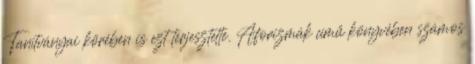
Tanítványai körében is ezt terjesztette. Aforizmák című könyvében számos